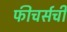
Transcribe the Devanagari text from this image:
फीचर्सची